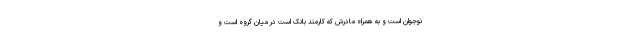
نوجوان است و به همراه مادرش که کارمند بانک است در میان گروه است و